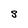
Character: g